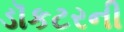
ડૉકટરની